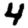
Digit: 4